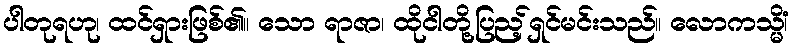
ပါတုရဟု၊ ထင်ရှားဖြစ်၏။ သော ရာဇာ၊ ထိုငါတို့ပြည့်ရှင်မင်းသည်။ လောကသ္မိံ၊